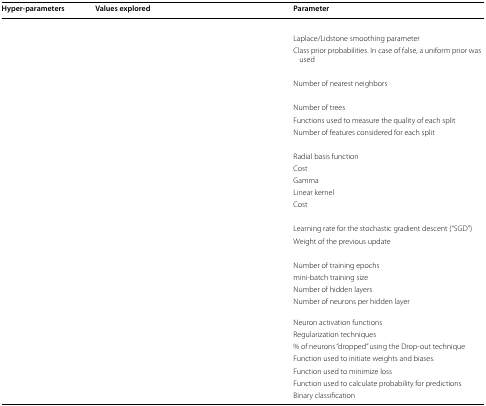
<table><thead><tr><td><b>Hyper-parameters</b></td><td><b>Values explored</b></td><td><b>Parameter</b></td></tr></thead><tbody><tr><td colspan="3">[EMPTY_CELL]</td></tr><tr><td>[EMPTY_CELL]</td><td>[EMPTY_CELL]</td><td>Laplace/Lidstone smoothing parameter</td></tr><tr><td>[EMPTY_CELL]</td><td>[EMPTY_CELL]</td><td>Class prior probabilities. In case of false, a uniform prior was used</td></tr><tr><td colspan="3">[EMPTY_CELL]</td></tr><tr><td>[EMPTY_CELL]</td><td>[EMPTY_CELL]</td><td>Number of nearest neighbors</td></tr><tr><td colspan="3">[EMPTY_CELL]</td></tr><tr><td>[EMPTY_CELL]</td><td>[EMPTY_CELL]</td><td>Number of trees</td></tr><tr><td>[EMPTY_CELL]</td><td>[EMPTY_CELL]</td><td>Functions used to measure the quality of each split</td></tr><tr><td>[EMPTY_CELL]</td><td>[EMPTY_CELL]</td><td>Number of features considered for each split</td></tr><tr><td colspan="3">[EMPTY_CELL]</td></tr><tr><td>[EMPTY_CELL]</td><td>[EMPTY_CELL]</td><td>Radial basis function</td></tr><tr><td>[EMPTY_CELL]</td><td>[EMPTY_CELL]</td><td>Cost</td></tr><tr><td>[EMPTY_CELL]</td><td>[EMPTY_CELL]</td><td>Gamma</td></tr><tr><td>[EMPTY_CELL]</td><td>[EMPTY_CELL]</td><td>Linear kernel</td></tr><tr><td>[EMPTY_CELL]</td><td>[EMPTY_CELL]</td><td>Cost</td></tr><tr><td colspan="3">[EMPTY_CELL]</td></tr><tr><td>[EMPTY_CELL]</td><td>[EMPTY_CELL]</td><td>Learning rate for the stochastic gradient descent (“SGD”)</td></tr><tr><td>[EMPTY_CELL]</td><td>[EMPTY_CELL]</td><td>Weight of the previous update</td></tr><tr><td>[EMPTY_CELL]</td><td>[EMPTY_CELL]</td><td>[EMPTY_CELL]</td></tr><tr><td>[EMPTY_CELL]</td><td>[EMPTY_CELL]</td><td>Number of training epochs</td></tr><tr><td>[EMPTY_CELL]</td><td>[EMPTY_CELL]</td><td>mini-batch training size</td></tr><tr><td>[EMPTY_CELL]</td><td>[EMPTY_CELL]</td><td>Number of hidden layers</td></tr><tr><td>[EMPTY_CELL]</td><td>[EMPTY_CELL]</td><td>Number of neurons per hidden layer</td></tr><tr><td>[EMPTY_CELL]</td><td>[EMPTY_CELL]</td><td>Neuron activation functions</td></tr><tr><td>[EMPTY_CELL]</td><td>[EMPTY_CELL]</td><td>Regularization techniques</td></tr><tr><td>[EMPTY_CELL]</td><td>[EMPTY_CELL]</td><td>% of neurons “dropped” using the Drop-out technique</td></tr><tr><td>[EMPTY_CELL]</td><td>[EMPTY_CELL]</td><td>Function used to initiate weights and biases.</td></tr><tr><td>[EMPTY_CELL]</td><td>[EMPTY_CELL]</td><td>Function used to minimize loss</td></tr><tr><td>[EMPTY_CELL]</td><td>[EMPTY_CELL]</td><td>Function used to calculate probability for predictions</td></tr><tr><td>[EMPTY_CELL]</td><td>[EMPTY_CELL]</td><td>Binary classification</td></tr></tbody></table>